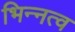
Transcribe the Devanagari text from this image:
भिन्‍नत्व